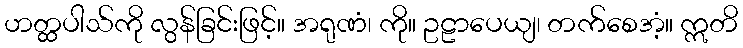
ဟတ္ထပါသ်ကို လွန်ခြင်းဖြင့်။ အရုဏံ၊ ကို။ ဥဠာပေယျ၊ တက်စေအံ့။ ဣတိ